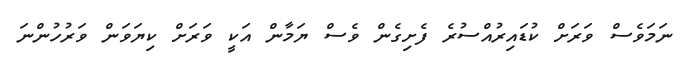
ނަމަވެސް ވަރަށް ކުޑައިރުއްސުރެ ފެށިގެން ވެސް ޔަމާން އަކީ ވަރަށް ކިޔަވަން ވަރުހުންނަ